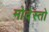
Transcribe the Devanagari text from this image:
मोदेस्तो